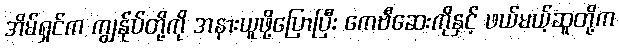
အိမ်ရှင်က ကျွန်ုပ်တို့ကို အနားယူဖို့ပြောပြီး ကေဗီဆေးကိုနှင့် ဖယ်မယ့်ဆူတို့က